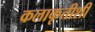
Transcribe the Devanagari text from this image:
कलाकृतीशी